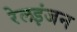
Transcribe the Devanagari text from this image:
रेलइंजन